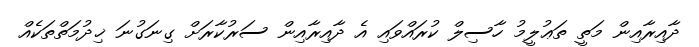
ދާއިރާއިން މަތީ ތަޢުލީމު ހާސިލް ކުރައްވައި އެ ދާއިރާއިން ސަރުކާރަށް ގިނަގުނަ ޚިދުމަތްތަކެއް